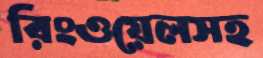
রিংওয়েলসহ